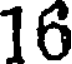
16